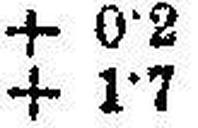
+ 1·7